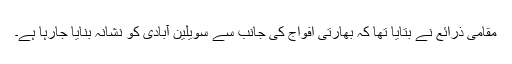
مقامی ذرائع نے بتایا تھا کہ بھارتی افواج کی جانب سے سویلین آبادی کو نشانہ بنایا جارہا ہے۔